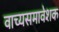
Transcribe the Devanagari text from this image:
वाच्यसमावेशक